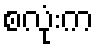
စလုံးက